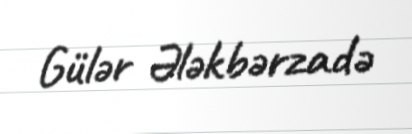
Gülər Ələkbərzadə